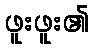
ဖူးဖူး၏